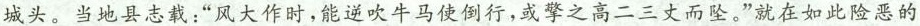
城头。当地县志载：“风大作时，能逆吹牛马使倒行，或擎之高二三丈而坠。”就在如此险恶的